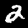
Digit: 2